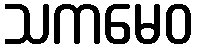
သကမေဝ